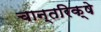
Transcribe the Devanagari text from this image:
चान्तरिक्षे